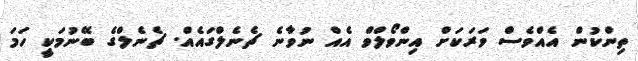
ތިންކުން އެއްވެސް ވަރަކަށް އިންވޯލްވް އެއް ނުވާނެ ޗެނެލްގައެއް. ޗެނެލްގެ ބޭނުމަކީ ހަމަ